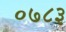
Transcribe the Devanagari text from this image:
०७८३